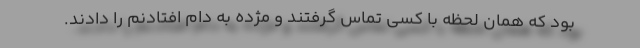
بود که همان لحظه با کسی تماس گرفتند و مژده به دام افتادنم را دادند.